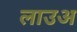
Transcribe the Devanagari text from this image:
लाउअ